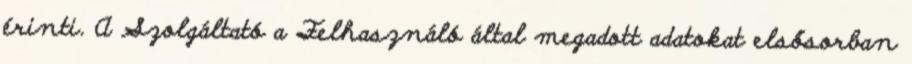
érinti. A Szolgáltató a Felhasználó által megadott adatokat elsősorban